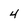
Character: 4